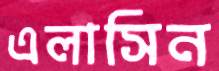
এলাসিন